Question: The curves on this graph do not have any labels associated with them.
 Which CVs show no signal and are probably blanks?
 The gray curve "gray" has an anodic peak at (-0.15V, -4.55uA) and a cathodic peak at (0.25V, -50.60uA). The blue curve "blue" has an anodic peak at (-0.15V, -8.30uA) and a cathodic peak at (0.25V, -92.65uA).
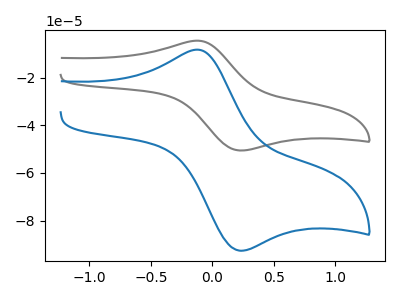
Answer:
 <answer>There are not any CV's on this graph that are likely to be blanks.</answer>
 <eval>none</eval>